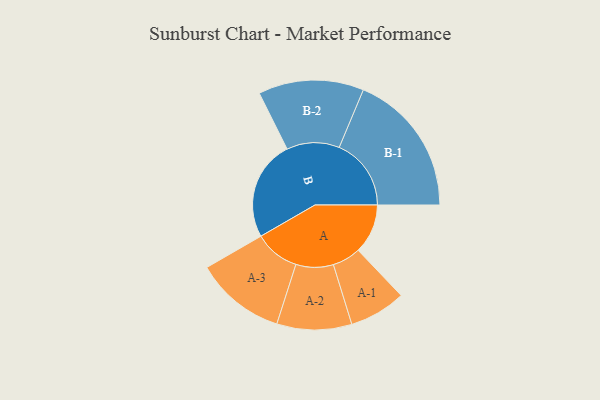
{"axis": {"x": "Segment", "y": "Value"}, "legend": ["", "A", "B"], "data": [{"x": "A", "y": 191, "type": ""}, {"x": "B", "y": 385, "type": ""}, {"x": "A-1", "y": 109, "type": "A"}, {"x": "A-2", "y": 144, "type": "A"}, {"x": "A-3", "y": 174, "type": "A"}, {"x": "B-1", "y": 277, "type": "B"}, {"x": "B-2", "y": 203, "type": "B"}]}